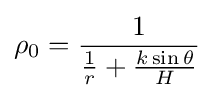
\rho _{0}={1 \over {1 \over r}+{k\sin \theta  \over H}}